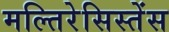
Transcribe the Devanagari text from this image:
मल्तिरेसिस्तेंस